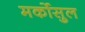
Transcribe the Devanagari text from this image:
मर्कोसुल